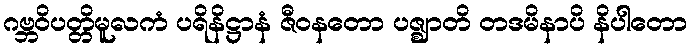
ဂဗ္ဘဝိပတ္တိမူလကံ ပရိနိဋ္ဌာနံ ဇီဝနတော ပဇ္ဈာတိ တဒမိနာပိ နိပါတော